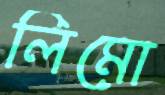
লিমো